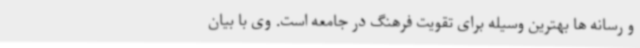
و رسانه ها بهترین وسیله برای تقویت فرهنگ در جامعه است. وی با بیان